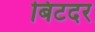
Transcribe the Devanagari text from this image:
बिटदर